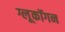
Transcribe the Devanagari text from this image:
ग्लूकॉगन